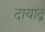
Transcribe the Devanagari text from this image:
दायाद्र